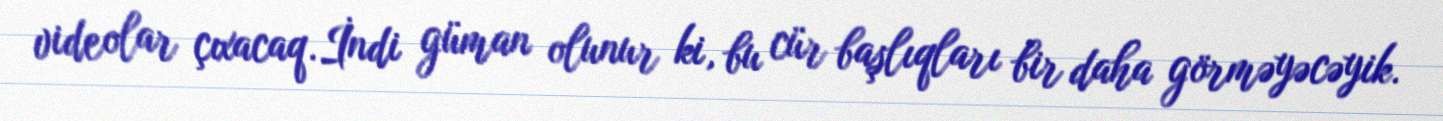
videolar çıxacaq.İndi güman olunur ki, bu cür başlıqları bir daha görməyəcəyik.